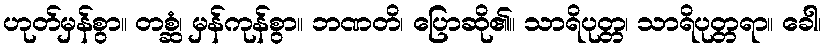
ဟုတ်မှန်စွာ။ တစ္ဆံ၊ မှန်ကုန်စွာ။ ဘဏတိ၊ ပြောဆို၏။ သာရိပုတ္တ၊ သာရိပုတ္တရာ။ ခေါ၊